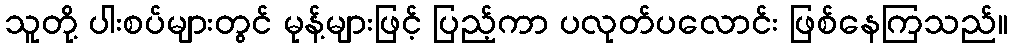
သူတို့ ပါးစပ်များတွင် မုန့်များဖြင့် ပြည့်ကာ ပလုတ်ပလောင်း ဖြစ်နေကြသည်။